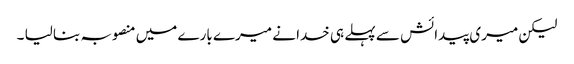
لیکن میری پیدائش سے پہلے ہی خدا نے میرے بارے میں منصوبہ بنا لیا ۔